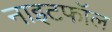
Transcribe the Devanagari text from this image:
नाइटफॉल